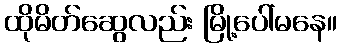
ထိုမိတ်ဆွေလည်း မြို့ပေါ်မနေ။